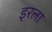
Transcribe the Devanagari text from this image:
इरला